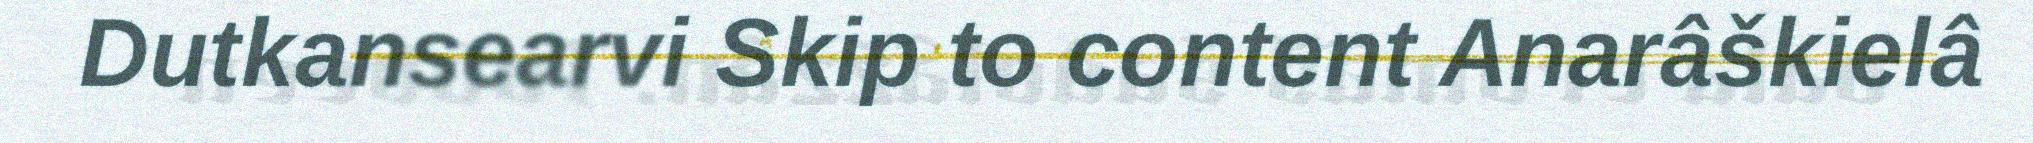
Dutkansearvi Skip to content Anarâškielâ